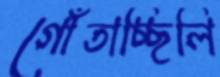
গোঁতাচ্ছিলি